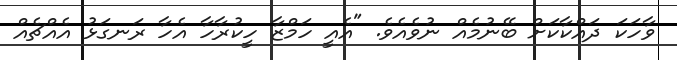
ވާހަކަ ދައްކާކަށް ބޭނުމެއް ނުވެއެވެ. "އެއީ ހަމްޒާ ހީކުރާހާ އެހާ ރަނގަޅު އެއްޗެއް